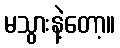
မသွားနဲ့တော့။